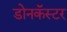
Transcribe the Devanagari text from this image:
डोनकॅस्टर